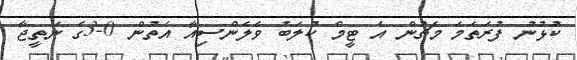
ކުޅުނު ފުރަތަމަ މެޗުން އެ ޓީމް ކުލަބު ވެލެންސިއާ އަތުން 0-3ގެ ނަތީޖާ